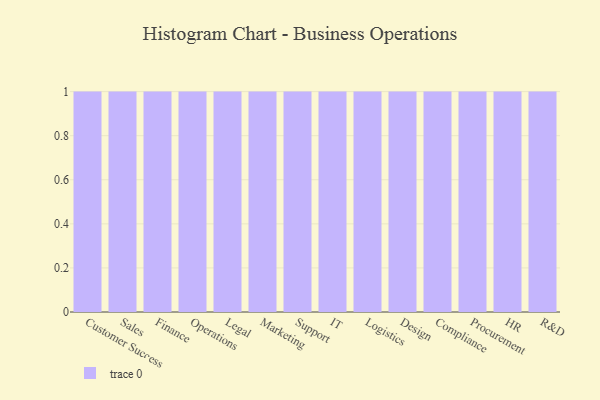
{"axis": {"x": "Department", "y": "Latency (ms)"}, "legend": [""], "data": [{"x": "Customer Success", "y": 57, "type": ""}, {"x": "Sales", "y": 75, "type": ""}, {"x": "Finance", "y": 92, "type": ""}, {"x": "Operations", "y": 72, "type": ""}, {"x": "Legal", "y": 7, "type": ""}, {"x": "Marketing", "y": 48, "type": ""}, {"x": "Support", "y": 79, "type": ""}, {"x": "IT", "y": 72, "type": ""}, {"x": "Logistics", "y": 46, "type": ""}, {"x": "Design", "y": 12, "type": ""}, {"x": "Compliance", "y": 38, "type": ""}, {"x": "Procurement", "y": 12, "type": ""}, {"x": "HR", "y": 1, "type": ""}, {"x": "R&D", "y": 64, "type": ""}]}